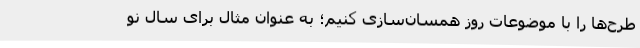
طرح‌ها را با موضوعات روز همسان‌سازی کنیم؛ به عنوان مثال برای سال نو